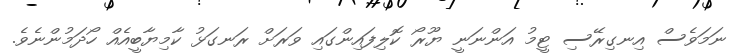
ނަމަވެސް އިނގިރޭސި ޓީމު އަންނަނީ ޔޫރޯ ކޮލިފައިންގައި ވަރަށް ރަނގަޅު ކާމިޔާބީއެއް ހޯދަމުންނެވެ.